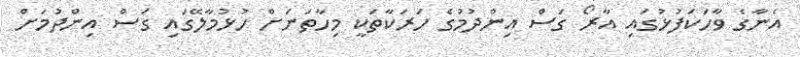
އެނާގެ ވާހަކަފުޅުގައި އާރޯ ގަސް އިންދުމުގެ ހަރަކާތަކީ މިހާތަނަށް ހުޅުމާލޭގައި ގަސް އިންދުމަށް